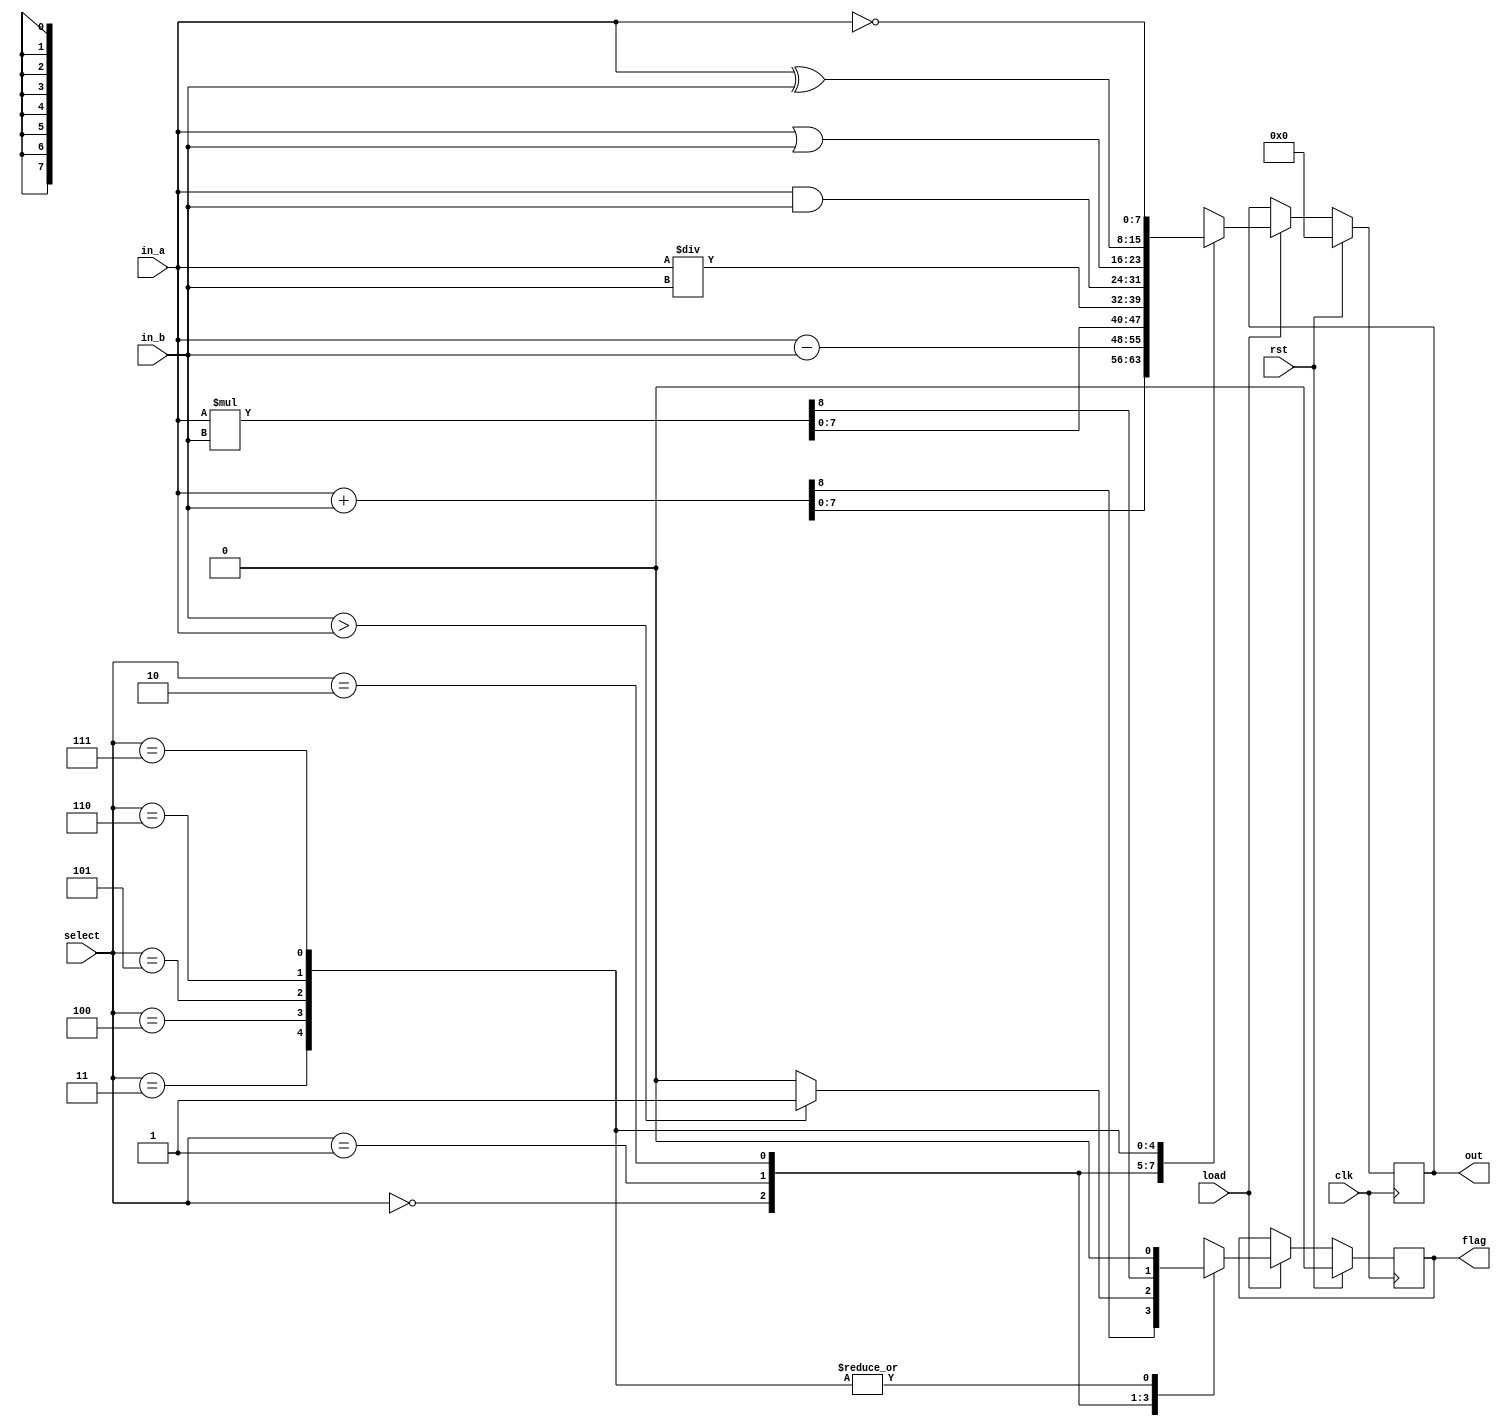
`default_nettype none
`timescale 1ns/1ns

module PrimitiveALU(
    input wire clk,
    input wire rst,
    input wire load,
    input wire [7:0] in_a,
    input wire [7:0] in_b,
    input wire [2:0] select,
    output reg [7:0] out,
    output reg flag
);

    localparam ADD = 3'b000, SUB = 3'b001, MUL = 3'b010, DIV = 3'b011, AND = 3'b100, OR = 3'b101, XOR = 3'b110, NOT = 3'b111;

    always @(posedge clk) begin
        if (rst) begin 
            out[7:0] <= 8'b0;
            flag <= 1'b0;
        end
        else if (load) begin
            case (select)
                ADD: {flag, out} <= in_a + in_b;
                SUB: begin 
                    out <= in_a - in_b;
                    if (in_b > in_a) flag <= 1'b1; //negative 
                    else flag <= 1'b0;
                end
                MUL: {flag, out} <= in_a * in_b;
                DIV: begin 
                    out <= in_a/in_b;
                    flag <= 1'b0;
                end
                AND: begin 
                    out <= in_a & in_b;
                    flag <= 1'b0;
                end
                OR: begin
                    out <= in_a | in_b;
                    flag <= 1'b0;
                end
                XOR: begin 
                    out <= in_a ^ in_b;
                    flag <= 1'b0;
                end 
                NOT: begin 
                    out <= ~in_a;
                    flag <= 1'b0;
                end
            endcase
        end
    end

endmodule